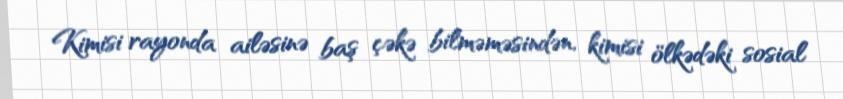
Kimisi rayonda ailəsinə baş çəkə bilməməsindən, kimisi ölkədəki sosial